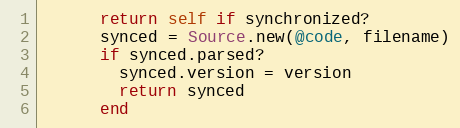
Language: Ruby
      return self if synchronized?
      synced = Source.new(@code, filename)
      if synced.parsed?
        synced.version = version
        return synced
      end